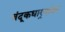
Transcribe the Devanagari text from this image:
बंदूकधार्‍यांवर